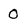
Character: 0